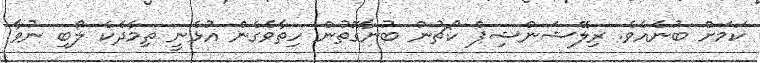
ކަމަށް ބުނެއެވެ. ރިލޭޝަންޝިޕް ކޯޗުން ބުނާގޮތުން ހިތާވެގެން އުޅެނީ ތިމާދެކެ ލޯބި ނުވާ